Report on vaccination in Madras 1922-1929 - 1922-1929
Year: 1922
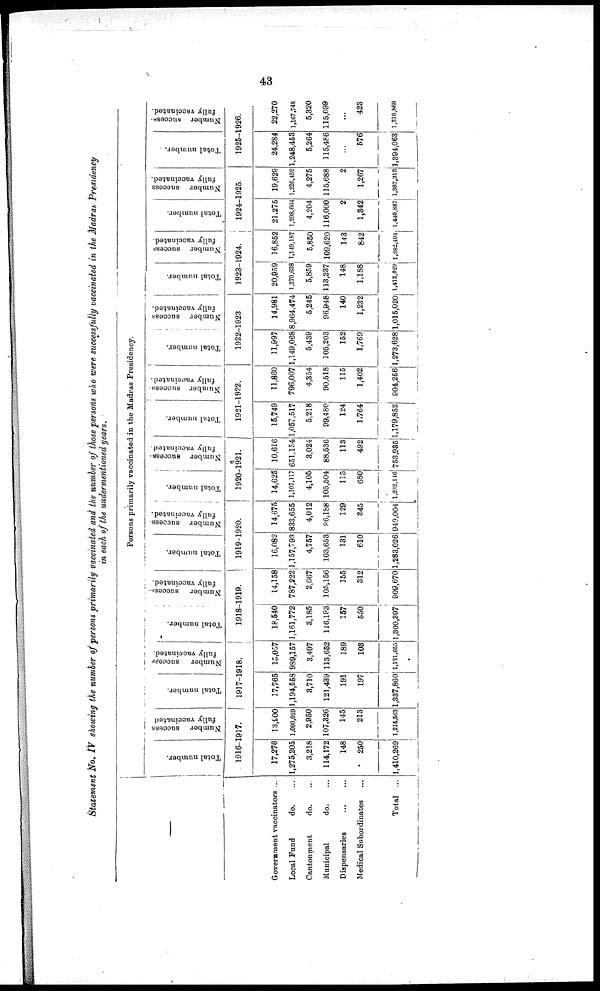
43
Statement No. IV showing the number of persons primarily vaccinated and the number of those persons who were successfully vaccinated in the Madras Presidency
in each of the undermentioned years.
Government vaccinators ...
Local Fund
do. ...
Cantonment
do. ...
Municipal
do. ...
Dispensaries
...
...
Medical Subordinates ...
Total ...
Persons primarily vaccinated in the Madras Presidency.
Total number.
Number success
fully vaccinated
1916-1917.
17,276
1,275,205
3,218
114,172
148
250
1,410,269
13,900
1,090,029
2,950
107,326
145
213
1,214,563
Total number.
Number success
fully vaccinated.
1917-1918.
17,765
1,194,558
3,710
121,439
191
197
1,337,860
15,057
989,157
3,497
113,652
189
103
1,121,653
Total number.
Number success-
fully vaccinated.
1918-1919.
18,540
1,161,772
3,185
116,193
157
550
1,300,397
14,158
787,222
2,667
105,156
155
312
909,670
Total number.
Number success-
fully vaccinated.
1919-1920.
16,082
1,157,793
4,757
103,653
131
610
l,283,026
14,675
833,655
4,012
96,188
129
345
949,004
Total number.
Number success-
fully vaccinated.
1920-1921.
14,625
1,107,117
4,105
105,504
115
680
1,232,146
10,616
651,154
3,024
88,536
113
492
753,935
Total number.
Number success-
fully vaccinated.
1921-1922.
15,749
1,057,517
5,218
99,480
124
1,764
1,179,852
11,860
796,007
4,354
90,518
115
1,402
904,256
Total number.
Number success
fully vaccinated.
1922-1923
11,997
1,149,068
5,439
105,203
152
1,769
1,273,628
14,981
8,964,474
5,245
96,948
140
1,232
1,015,020
Total number.
Number success
fully vaccinated.
1923-1924.
20,959
1,270,638
5,859
113,237
148
1,188
1,413,029
16,852
1,149,187
5,850
109,620
143
842
1,282,494
Total number.
Number success
fully vaccinated.
1924-1925.
21,275
1,298,064
4,204
116,000
2
1,842
1,440,887
19,629
1,226,452
4,275
115,688
2
1,267
1,367,313
Total number.
N umber success¬
fully vaccinated.
1925-1926.
24,284
1,248,453
5,264
115,486
...
576
1,394,063
22,270
1,167,748
5,320
115,099
...
423
1,310,860